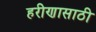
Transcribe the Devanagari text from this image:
हरीणासाठी